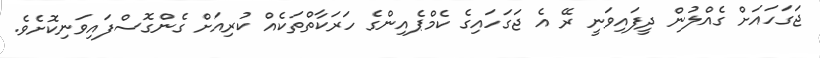
ޖަގަހައަށް ގެއްލުން ދީފައިވަނީ ރޭ އެ ޖަގަހައިގެ ކެމްޕެއިންގެ ހަރަކާތްތަކެއް ކުރިއަށް ގެންގޮސްފައިވަނިކޮށެވެ.